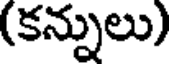
(కన్నులు)